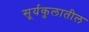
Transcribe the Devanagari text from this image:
सूर्यकुलातील